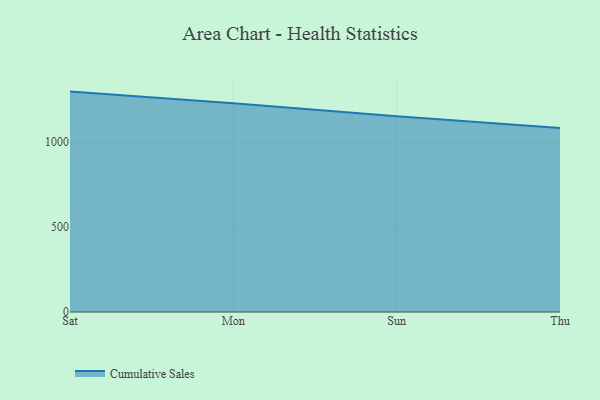
{"axis": {"x": "Day", "y": "Latency (ms)"}, "legend": ["Cumulative Sales"], "data": [{"x": "Sat", "y": 1298.0, "type": "Cumulative Sales"}, {"x": "Mon", "y": 1229.3, "type": "Cumulative Sales"}, {"x": "Sun", "y": 1152.4, "type": "Cumulative Sales"}, {"x": "Thu", "y": 1083.9, "type": "Cumulative Sales"}]}